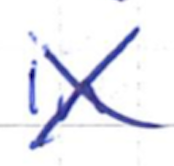
Text: in
Cross-out: mix
Writing tool: ballpoint